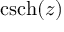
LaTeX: \operatorname { c s c h } ( z )